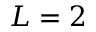
L = 2